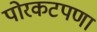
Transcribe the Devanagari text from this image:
पोरकटपणा